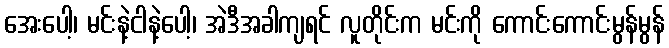
အေးပေါ့၊ မင်းနဲ့ငါနဲ့ပေါ့၊ အဲဒီအခါကျရင် လူတိုင်းက မင်းကို ကောင်းကောင်းမွန်မွန်